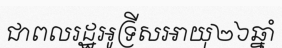
ជាពលរដ្ឋអូទ្រីសអាយុ២៦ឆ្នាំ